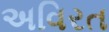
અવિરત